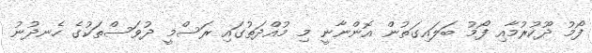
ފޯމު ދޫކުރުމާއި ފޯމު ބަލައިގަތުން އޮންނާނީ މި މުއްދަތުގައި ރަސްމީ ދުވަސްތަކުގެ ހެނދުނު